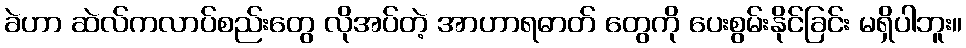
ခဲဟာ ဆဲလ်ကလာပ်စည်းတွေ လိုအပ်တဲ့ အာဟာရဓာတ် တွေကို ပေးစွမ်းနိုင်ခြင်း မရှိပါဘူး။